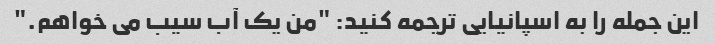
این جمله را به اسپانیایی ترجمه کنید: "من یک آب سیب می خواهم."